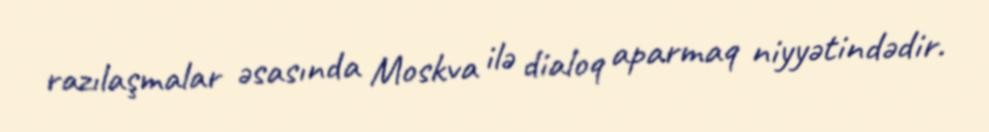
razılaşmalar əsasında Moskva ilə dialoq aparmaq niyyətindədir.